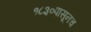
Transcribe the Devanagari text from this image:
१८३०पासूनच